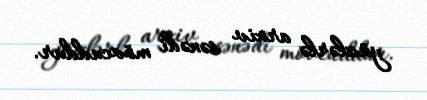
yüzlərlə arxiv sənədi mövcuddur.